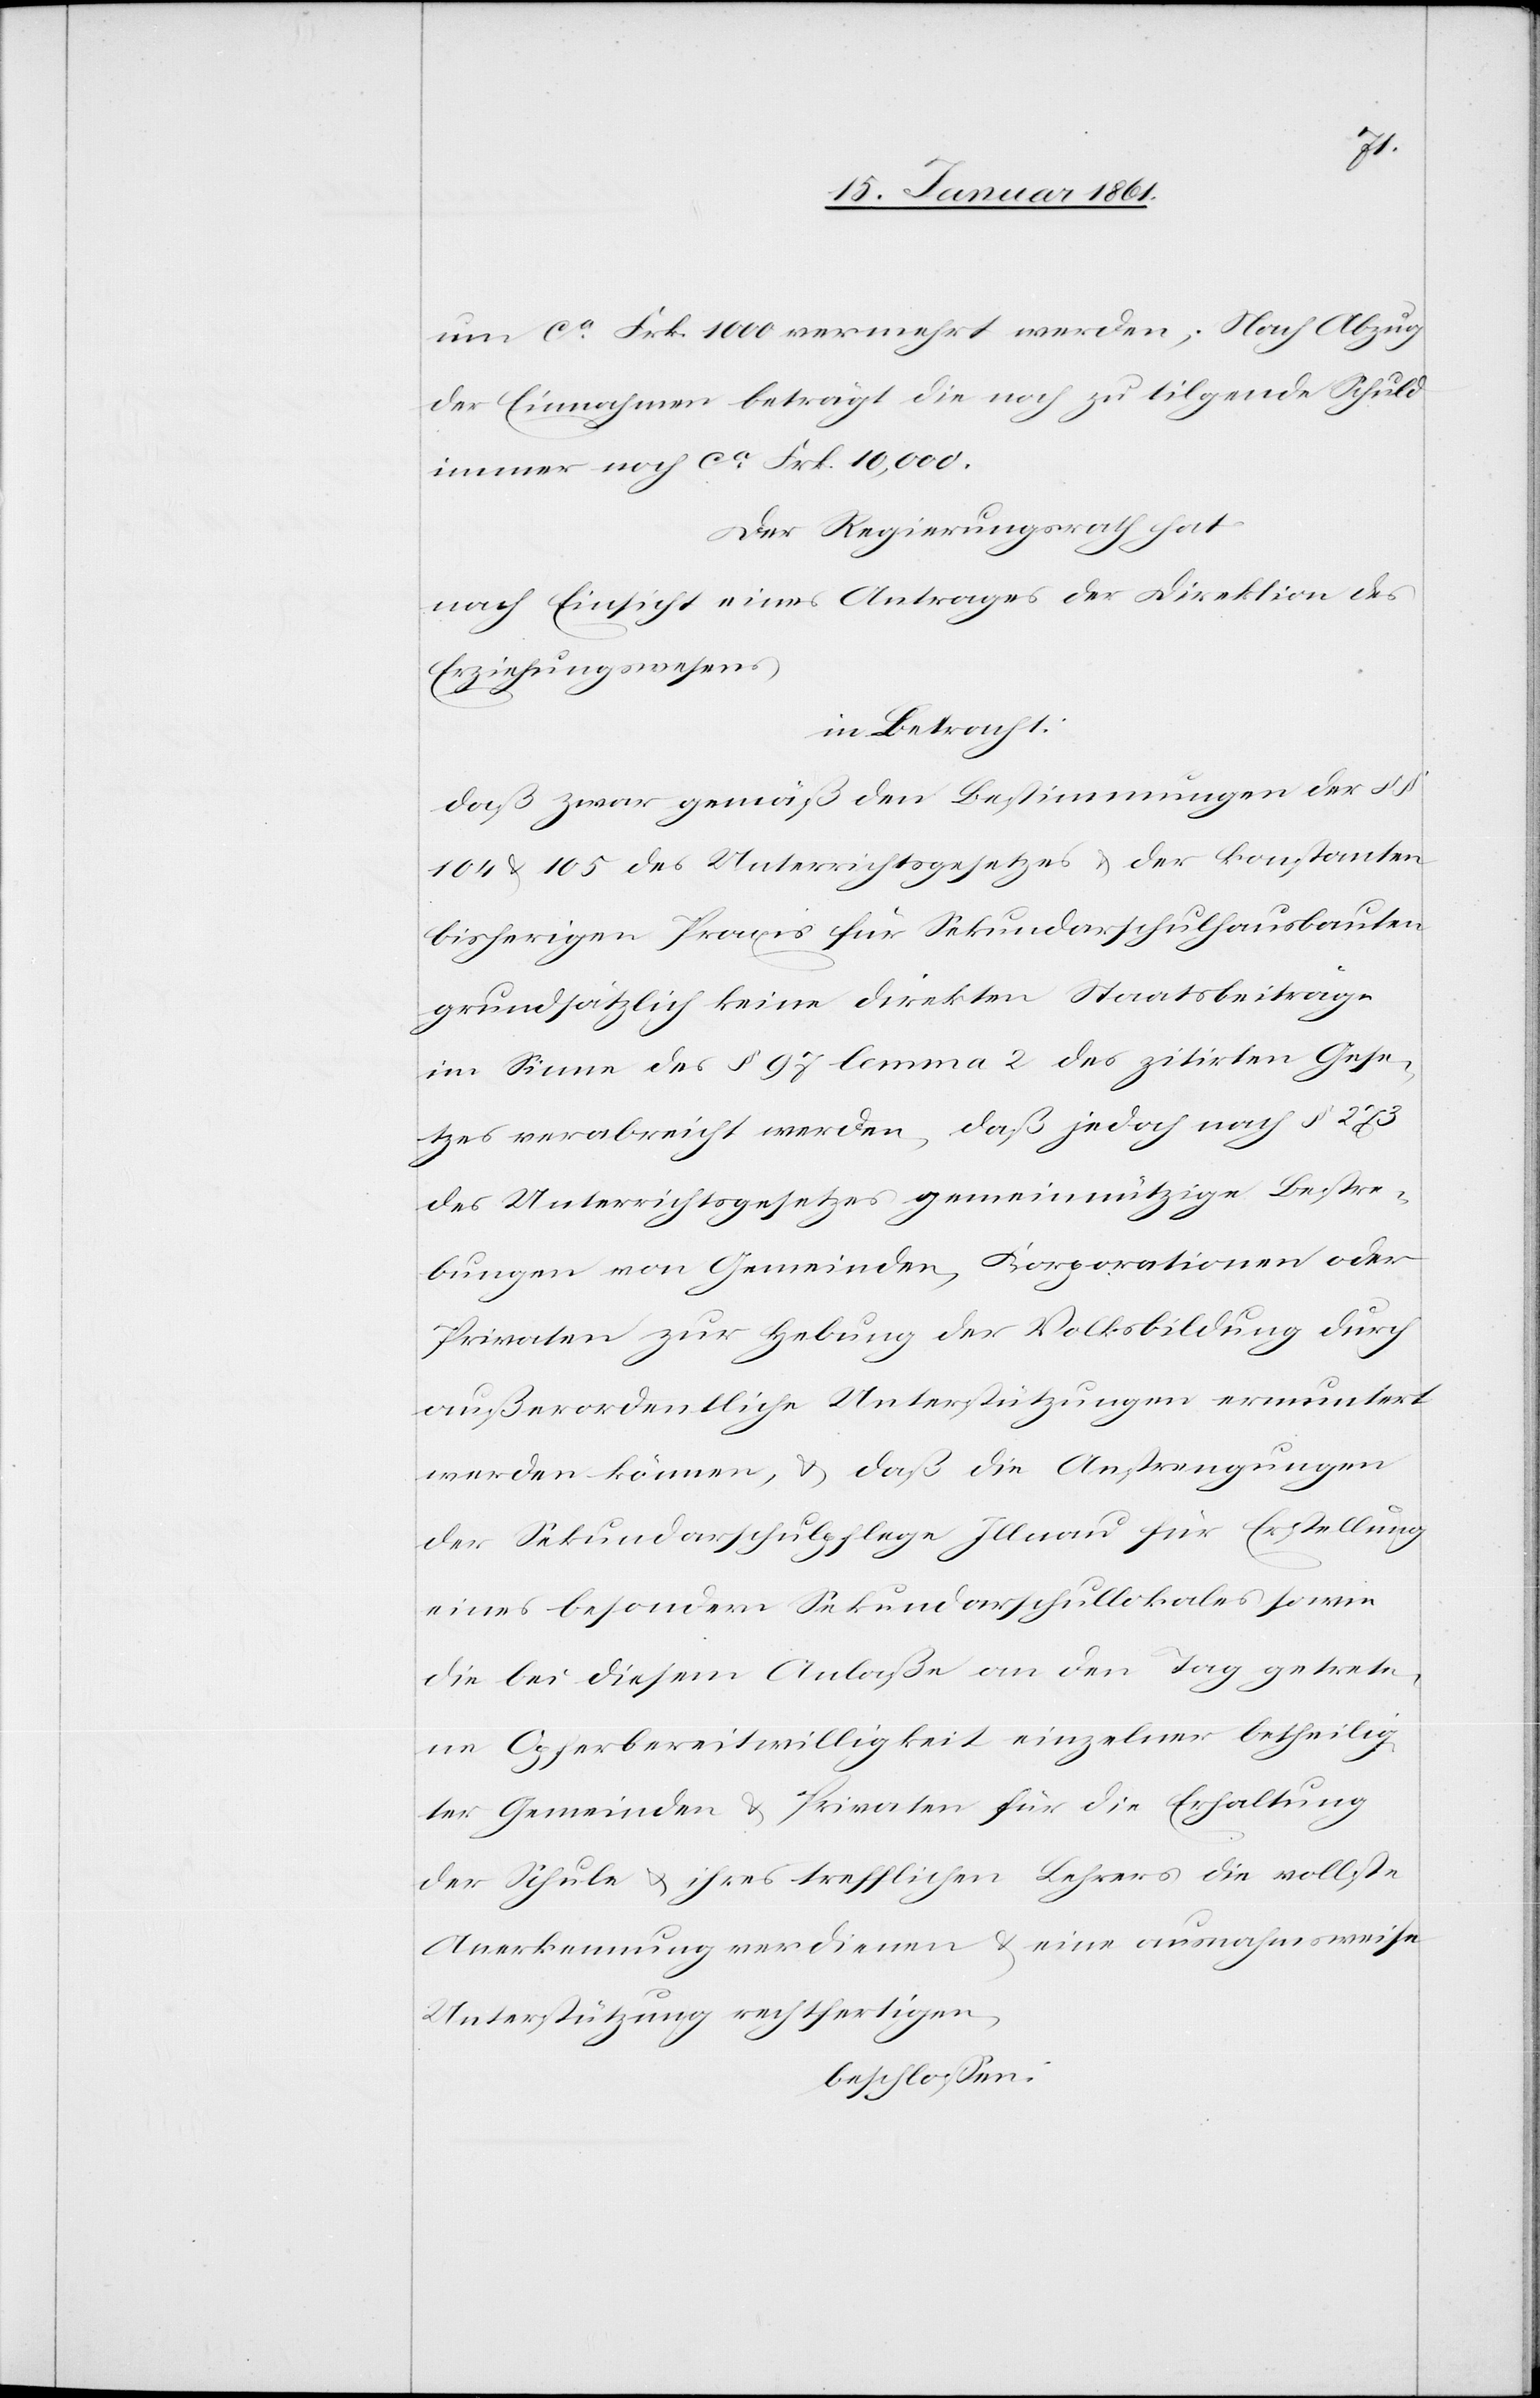
um ca Frk. 1000 vermehrt werden. Nach Abzug
der Einnahmen beträgt die noch zu tilgende Schuld
immer noch ca Frk. 10,000.
Der Regierungsrath hat
nach Einsicht eines Antrages der Direktion des
Erziehungswesens
in Betracht:
daß zwar gemäß den Bestimmungen der §§
104 u. 105 des Unterrichtsgesetzes u. der konstanten
bisherigen Praxis für Sekundarschulhausbauten
grundsätzlich keine direkten Staatsbeiträge
im Sinne des §. 97 lemma 2 des zitirten Gese¬
tzes verabreicht werden, daß jedoch nach §. 273
des Unterrichtsgesetzes gemeinnützige Bestre¬
bungen von Gemeinden, Korporationen oder
Privaten zur Hebung der Volksbildung durch
außerordentliche Unterstützungen ermuntert
werden können, u. daß die Anstrengungen
der Sekundarschulpflege Illnau für Erstellung
eines besondern Sekundarschullokales so wie
die bei diesem Anlaße an den Tag getrete¬
ne Opferbereitwilligkeit einzelner betheilig¬
ter Gemeinden u. Privaten für die Erhaltung
der Schule u. ihres trefflichen Lehrers die vollste
Anerkennung verdienen u. eine ausnahmsweise
Unterstützung rechtfertigen,
beschlossen: